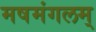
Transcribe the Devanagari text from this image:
मषमंगलम्